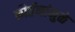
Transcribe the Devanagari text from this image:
कीर्तनांमुळे